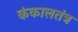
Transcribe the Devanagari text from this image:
कंकालतंत्र